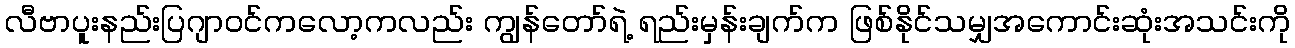
လီဗာပူးနည်းပြဂျာဝင်ကလော့ကလည်း ကျွန်တော်ရဲ့ ရည်းမှန်းချက်က ဖြစ်နိုင်သမျှအကောင်းဆုံးအသင်းကို